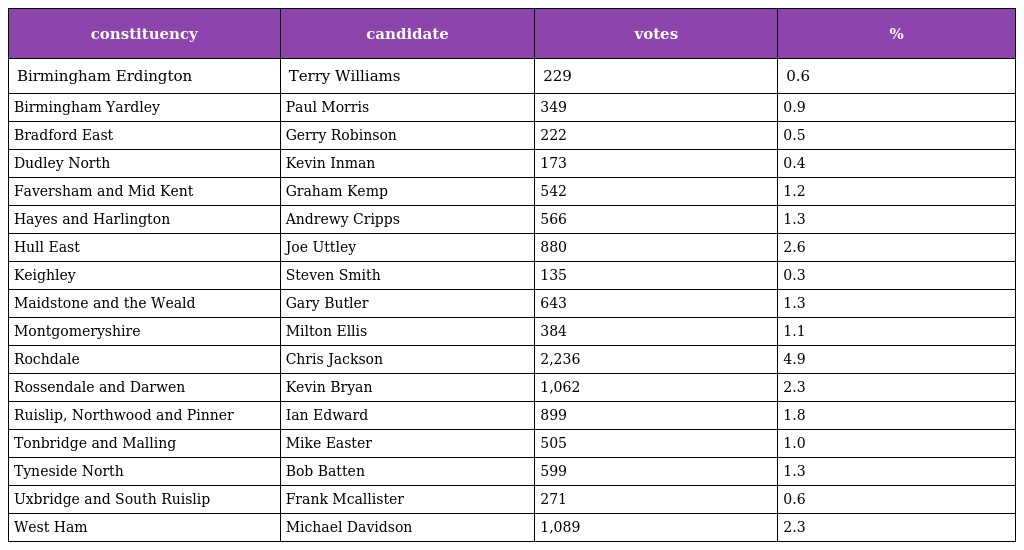
| constituency | candidate | votes | % |
 | --- | --- | --- | --- |
 | Birmingham Erdington | Terry Williams | 229 | 0.6 |
 | Birmingham Yardley | Paul Morris | 349 | 0.9 |
 | Bradford East | Gerry Robinson | 222 | 0.5 |
 | Dudley North | Kevin Inman | 173 | 0.4 |
 | Faversham and Mid Kent | Graham Kemp | 542 | 1.2 |
 | Hayes and Harlington | Andrewy Cripps | 566 | 1.3 |
 | Hull East | Joe Uttley | 880 | 2.6 |
 | Keighley | Steven Smith | 135 | 0.3 |
 | Maidstone and the Weald | Gary Butler | 643 | 1.3 |
 | Montgomeryshire | Milton Ellis | 384 | 1.1 |
 | Rochdale | Chris Jackson | 2,236 | 4.9 |
 | Rossendale and Darwen | Kevin Bryan | 1,062 | 2.3 |
 | Ruislip, Northwood and Pinner | Ian Edward | 899 | 1.8 |
 | Tonbridge and Malling | Mike Easter | 505 | 1.0 |
 | Tyneside North | Bob Batten | 599 | 1.3 |
 | Uxbridge and South Ruislip | Frank Mcallister | 271 | 0.6 |
 | West Ham | Michael Davidson | 1,089 | 2.3 |